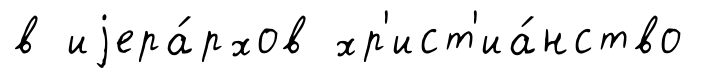
в иjера́рхов хр'ист'иа́нство